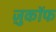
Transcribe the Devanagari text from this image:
ज़ुकाॅफ